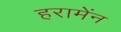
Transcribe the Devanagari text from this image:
हरामेंन